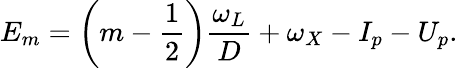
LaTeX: E_{m}=\left(m-\frac{1}{2}\right)\frac{\omega_{L}}{D}+\omega_{X}-I_{p}-U_{p}.